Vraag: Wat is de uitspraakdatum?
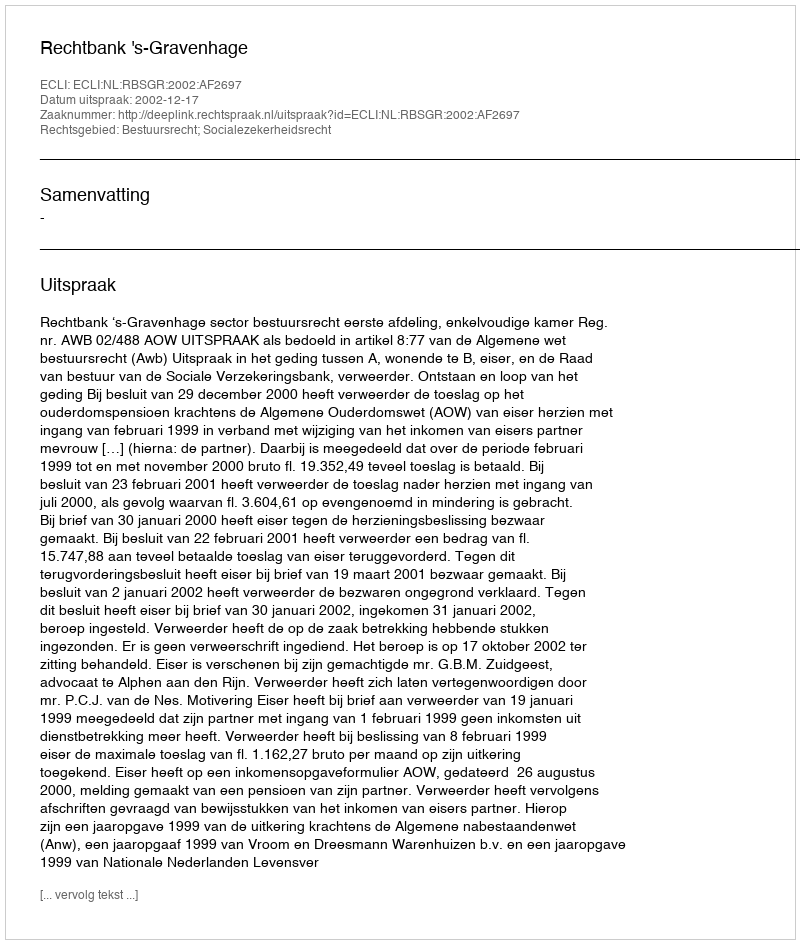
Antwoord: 2002-12-17